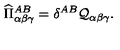
\widehat { \Pi } _ { \alpha \beta \gamma } ^ { A B } = \delta ^ { A B } \mathcal { Q } _ { \alpha \beta \gamma } .